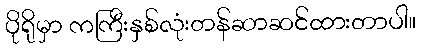
ပိုရိုမှာ ကကြီးနှစ်လုံးတန်ဆာဆင်ထားတာပါ။